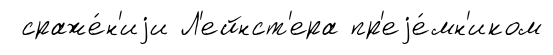
сраже́н'иjи Л'ейнст'ера пр'еjе́мн'иком